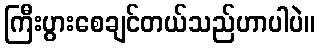
ကြီးပွားစေချင်တယ်သည်ဟာပါပဲ။